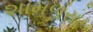
શામળસર